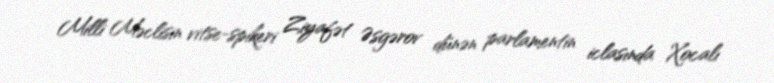
Milli Məclisin vitse-spikeri Ziyafət Əsgərov dünən parlamentin iclasında Xocalı